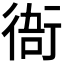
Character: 𧗮